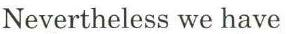
Nevertheless we have